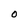
Character: O